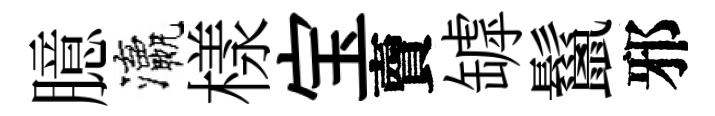
臆瀛樣宝𧶠罅鬣邪